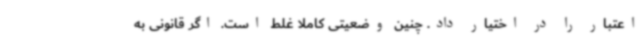
اعتبار را در اختیار داد. چنین وضعیتی کاملا غلط است. اگر قانونی به